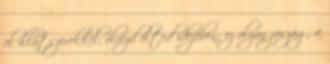
el illatszerekkel, élvezd élted idejében; ez olyan jószág, a